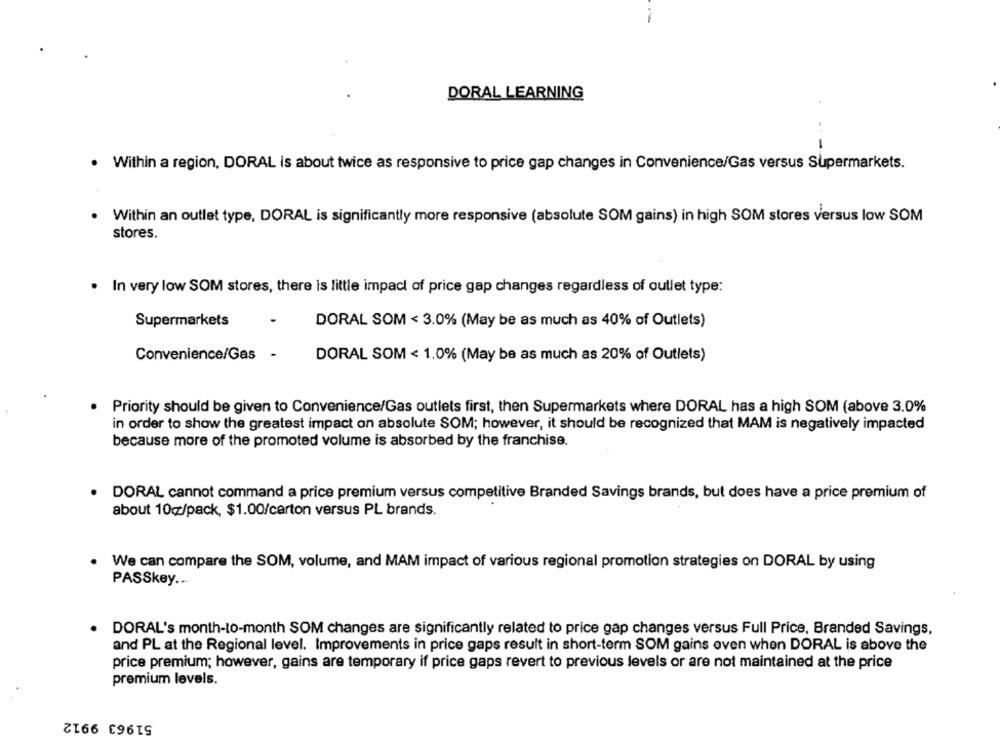
DORAL LEARNING
· Within a region, DORAL is about twice as responsive to price gap changes in Convenience/Gas versus Supermarkets.
Within an outlet type, DORAL is significantly more responsive (absolute SOM gains) in high SOM stores versus low SOM
stores.
. In very low SOM stores, there is little impact of price gap changes regardless of outlet type:
Supermarkets
DORAL SOM < 3.0% (May be as much as 40% of Outlets)
Convenience/Gas -
DORAL SOM < 1.0% (May be as much as 20% of Outlets)
Priority should be given to Convenience/Gas outlets first, then Supermarkets where DORAL has a high SOM (above 3.0%
in order to show the greatest impact on absolute SOM; however, it should be recognized that MAM is negatively impacted
because more of the promoted volume is absorbed by the franchise.
· DORAL cannot command a price premium versus competitive Branded Savings brands, but does have a price premium of
about 10c/pack, $1.00/carton versus PL brands.
We can compare the SOM, volume, and MAM impact of various regional promotion strategies on DORAL by using
PASSkey ...
DORAL's month-to-month SOM changes are significantly related to price gap changes versus Full Price, Branded Savings,
and PL at the Regional level. Improvements in price gaps result in short-term SOM gains even when DORAL is above the
price premium; however, gains are temporary if price gaps revert to previous levels or are not maintained at the price
premium levels.
51963 9912